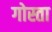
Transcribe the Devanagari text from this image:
गोस्ता